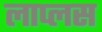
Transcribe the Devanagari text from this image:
लाप्लस